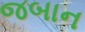
જબાન